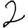
Digit: 2